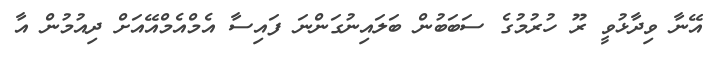
އޭނާ ވިދާޅުވީ ރޫ ހުރުމުގެ ސަބަބުން ބަލައިނުގަންނަ ފައިސާ އެމްއެމްއޭއަށް ދިއުމުން އާ